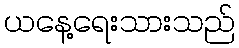
ယနေ့ရေးသားသည်